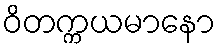
ဝိတက္ကယမာနော